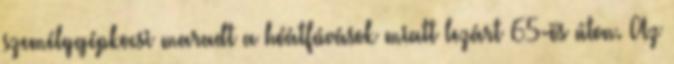
személygépkocsi maradt a hóátfúvások miatt lezárt 65-ös úton. Az